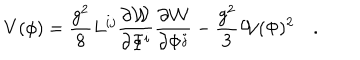
V ( \phi ) = \frac { g ^ { 2 } } { 8 } L ^ { i j } \frac { \partial { \cal W } } { \partial \Phi ^ { i } } \frac { \partial { \cal W } } { \partial \Phi ^ { j } } - \frac { g ^ { 2 } } { 3 } { \cal W } ( \Phi ) ^ { 2 } \quad .